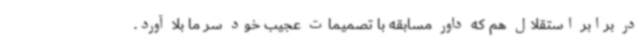
در برابر استقلال هم که داور مسابقه با تصمیمات عجیب خود سر ما بلا آورد.